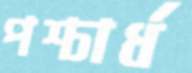
পশ্চার্ধ